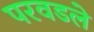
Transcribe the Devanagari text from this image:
परवडले